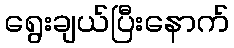
ရွေးချယ်ပြီးနောက်